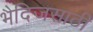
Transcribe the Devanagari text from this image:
भैदिजसाठी